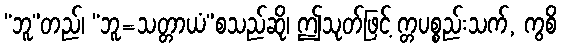
“ဘူ”တည်၊ “ဘူ=သတ္တာယံ”စသည်ဆို၊ ဤသုတ်ဖြင့် က္တပစ္စည်းသက်, ကွစိ